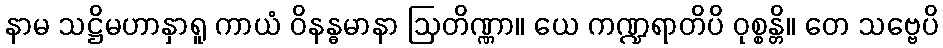
နာမ သဋ္ဌိမဟာနှာရူ ကာယံ ဝိနန္ဓမာနာ ဩတိဏ္ဏာ။ ယေ ကဏ္ဍရာတိပိ ဝုစ္စန္တိ။ တေ သဗ္ဗေပိ